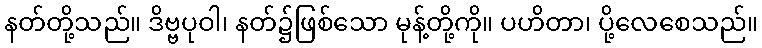
နတ်တို့သည်။ ဒိဗ္ဗပုဝါ၊ နတ်၌ဖြစ်သော မုန့်တို့ကို။ ပဟိတာ၊ ပို့လေစေသည်။